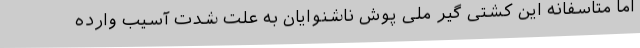
اما متاسفانه این کشتی گیر ملی پوش ناشنوایان به علت شدت آسیب وارده